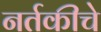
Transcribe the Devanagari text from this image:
नर्तकीचे